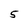
Character: 5